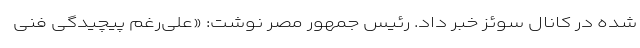
شده در کانال سوئز خبر داد. رئیس جمهور مصر نوشت: «علی‌رغم پیچیدگی فنی